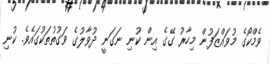
ވެމްކޯގެ މުވައްޒަފުން މިހާރު ގޭގެ އިން ކުނި ނަގަނީ ދުވާލުގެ ވަގުތުތަކުގައެވެ. ކުނި